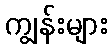
ကျွန်းများ